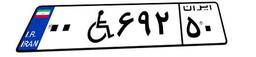
۰۱W۹۶۳۲۲